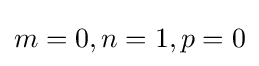
m=0,n=1,p=0